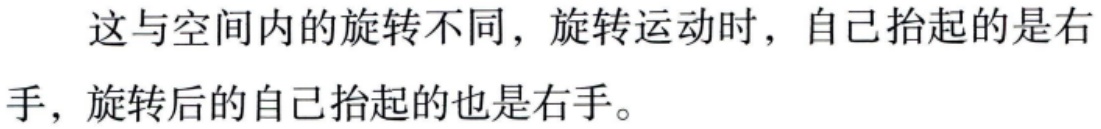
这与空间内的旋转不同，旋转运动时，自己抬起的是右手，旋转后的自己抬起的也是右手。